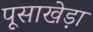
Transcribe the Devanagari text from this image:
पूसाखेड़ा